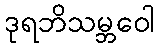
ဒုရဘိသမ္ဘဝေါ